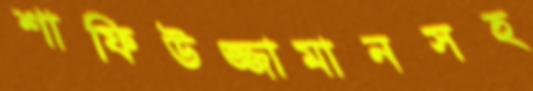
শাফিউজ্জামানসহ